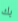
بك